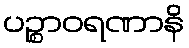
ပဉ္စာဝရဏာနိ